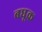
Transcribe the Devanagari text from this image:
बधूक